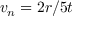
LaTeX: v _ { n } = 2 r / 5 t